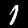
Digit: 1